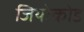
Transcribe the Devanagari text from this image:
जियोकोड